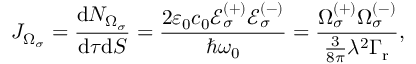
J _ { \Omega _ { \sigma } } = \frac { \mathrm { d } N _ { \Omega _ { \sigma } } } { \mathrm { d } \tau \mathrm { d } S } = \frac { 2 \varepsilon _ { 0 } c _ { 0 } \mathcal { E } _ { \sigma } ^ { ( + ) } \mathcal { E } _ { \sigma } ^ { ( - ) } } { \hbar \omega _ { 0 } } = \frac { \Omega _ { \sigma } ^ { ( + ) } \Omega _ { \sigma } ^ { ( - ) } } { \frac { 3 } { 8 \pi } \lambda ^ { 2 } \Gamma _ { \mathrm { r } } } ,